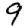
Digit: 9